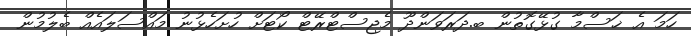
ހަމަ އެ ޚަސްމާ ގުޅޭގޮތުން ބ.ދަރަވަންދޫ މެޖިސްޓްރޭޓް ކޯޓަށް ހުށަހެޅުނު މައްސަލައެއް ބެލުމުން